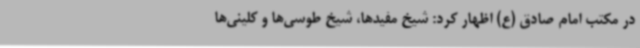
در مکتب امام صادق (ع) اظهار کرد: شیخ مفیدها، شیخ طوسی‌ها و کلینی‌ها